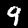
Label: 9